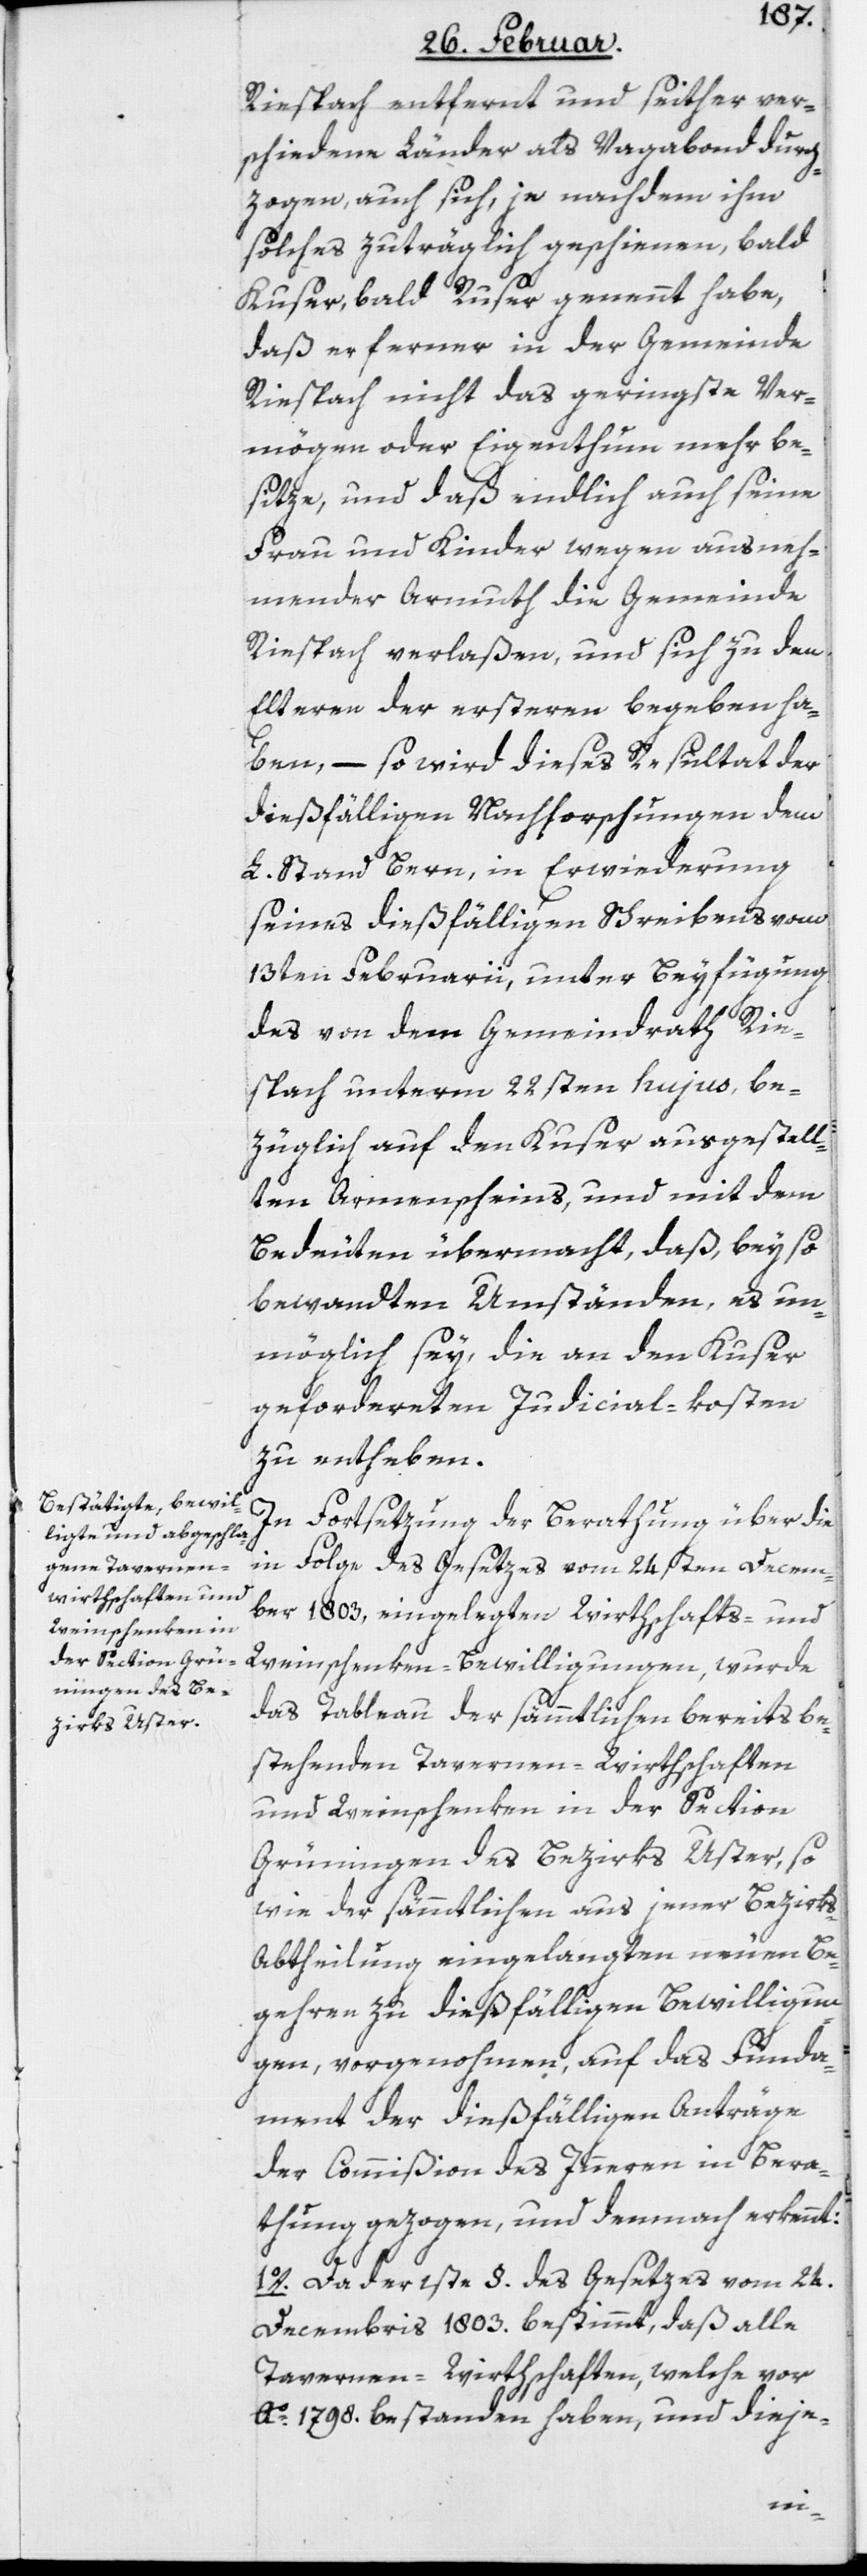
Riespach entfernt und seither ver¬
schiedene Länder als Vagabond durch¬
zogen, auch sich, je nachdem ihm
solches zuträglich geschienen, bald
Kuser, bald Ruser genennt habe,
daß er ferner in der Gemeinde
Riespach nicht das geringste Ver¬
mögen oder Eigenthum mehr be¬
sitze, und daß endlich auch seine
Frau und Kinder wegen ausneh¬
mender Armuth die Gemeinde
Riespach verlaßen, und sich zu den
Elteren der ersteren begeben ha¬
ben, – so wird dieses Resultat der
dießfälligen Nachforschungen dem
L. Stand Bern, in Erwiederung
seines dießfälligen Schreibens vom
13ten Februarii, unter Beyfügung
des von dem Gemeindrath Rie¬
spach unterm 22sten hujus, be¬
züglich auf den Kuser ausgestel¬
lten Armenscheins, und mit dem
Bedeuten übermacht, daß bey so
bewandten Umständen, es un¬
möglich sey, die an den Kuser
gefordereten Judicial-kosten
zu entheben.
In Fortsetzung der Berathung über die
in Folge des Gesetzes vom 24sten Decem¬
ber 1803. eingelegten Wirthschafts- und
Weinschenken-Bewilligungen, wurde
das Tableau der sämmtlichen bereits be¬
stehenden Tavernen-Wirthschaften
und Weinschenken in der Section
Grüningen des Bezirks Uster, so
wie der sämmtlichen aus jener Bezirks-A¬
btheilung eingelangten neuen Be¬
gehren zu dießfälligen Bewilligun¬
gen, vorgenohmen, auf das Funda¬
ment der dießfälligen Anträge
der Commißion des Inneren in Bera¬
thung gezogen, und demnach erkennt:
1o. Da der 1ste §. des Gesetzes vom 24.
Decembris 1803. bestimmt, daß alle
Tavernen-Wirthschaften, welche vor
Ao. 1798. bestanden haben, und dieje-